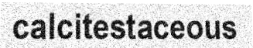
calcitestaceous